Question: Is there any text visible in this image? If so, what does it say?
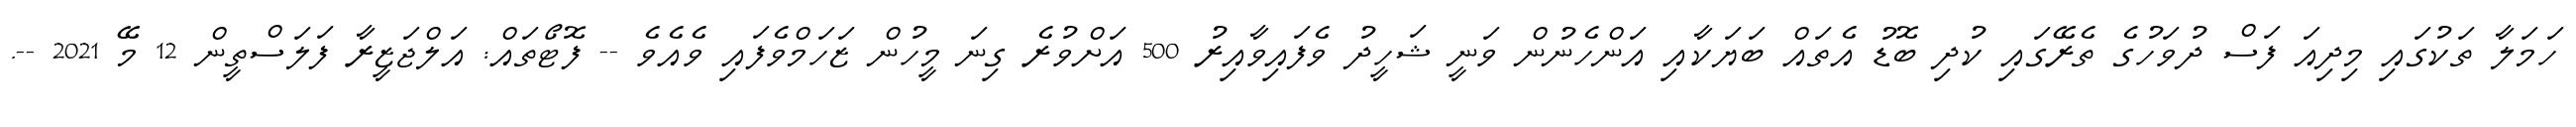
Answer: ހަމަލާ ތަކުގައި މިދިއަ ފަސް ދުވަހުގެ ތެރޭގައި ކުދި ބޮޑު އެތައް ބަޔަކާއި އަންހެނުން ވަނީ ޝަހީދު ވެފައިވާއިރު 500 އަށްވުރެ ގިނަ މީހުން ޒަހަމްވެފައި ވެއެވެ -- ފޮޓޯތައް: އަލްޖަޒީރާ ފަލަސްތީން 12 މޭ 2021 --.